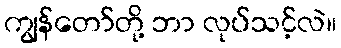
ကျွန်တော်တို့ ဘာ လုပ်သင့်လဲ။